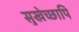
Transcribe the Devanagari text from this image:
सुखेच्छापि